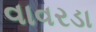
વાવરડા